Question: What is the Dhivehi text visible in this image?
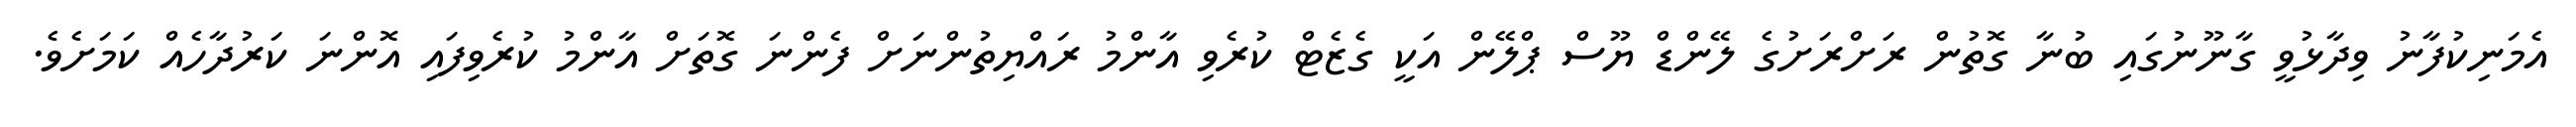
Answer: އެމަނިކުފާނު ވިދާޅުވީ ގާނޫނުގައި ބުނާ ގޮތުން ރަށްރަށުގެ ލޭންޑް ޔޫސް ޕްލޭން އަކީ ގެޒެޓް ކުރެވި އާންމު ރައްޔިތުންނަށް ފެންނަ ގޮތަށް އާންމު ކުރެވިފައި އޮންނަ ކަރުދާހެއް ކަމަށެވެ.